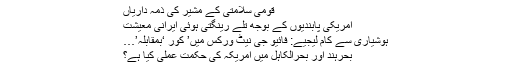
قومی سلامتی کے مشیر کی ذمہ داریاں
امریکی پابندیوں کے بوجھ تلے رینگتی ہوئی ایرانی معیشت
ہوشیاری سے کام لیجیے: فائیو جی نیٹ ورکس میں’ کور ‘بمقابلہ’…
بحرہند اور بحرالکاہل میں امریکہ کی حکمت عملی کیا ہے؟